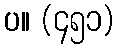
ပ။ (၄၅၁)